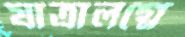
যাত্রালগ্নে